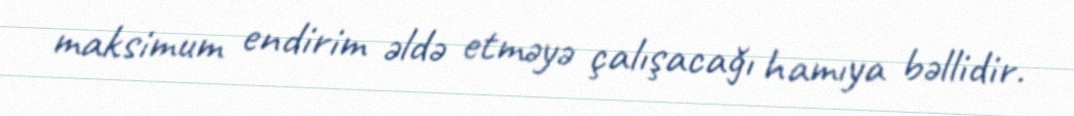
maksimum endirim əldə etməyə çalışacağı hamıya bəllidir.